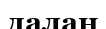
далан